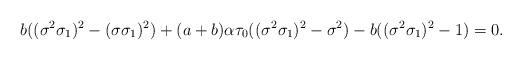
LaTeX: \begin{align*}b((\sigma^2 \sigma_1)^2 - (\sigma \sigma_1)^2) + (a+b) \alpha \tau_0 ((\sigma^2 \sigma_1)^2 - \sigma^2) - b((\sigma^2 \sigma_1)^2 - 1) = 0.\end{align*}